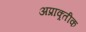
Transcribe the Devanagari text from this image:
अप्राक्र्तीक